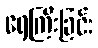
ရေကြီးခြင်း